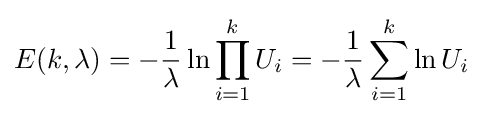
E(k,\lambda )=-{\frac {1}{\lambda }}\ln \prod _{i=1}^{k}U_{i}=-{\frac {1}{\lambda }}\sum _{i=1}^{k}\ln U_{i}